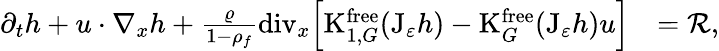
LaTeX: \begin{array}{rl}{\partial_{t}h+u\cdot\nabla_{x}h+\frac{\varrho}{1-\rho_{f}}\mathrm{div}_{x}\Big[\mathrm{K}_{1,G}^{\mathrm{free}}(\mathrm{J}_{\varepsilon}h)-\mathrm{K}_{G}^{\mathrm{free}}(\mathrm{J}_{\varepsilon}h)u\Big]}&{=\mathcal{R},}\end{array}